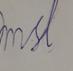
Signature authenticity: forged